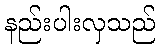
နည်းပါးလှသည်